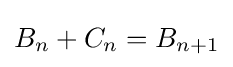
B_{n}+C_{n}=B_{n+1}